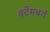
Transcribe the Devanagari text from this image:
वर्टेमबर्ग